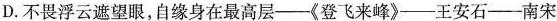
D.不畏浮云遮望眼，自缘身在最高层-《登飞来峰》-王安石-南宋